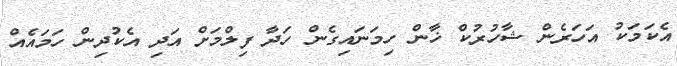
އެކަމަކު އަހަރެން ޝާހުރުކް ޚާން ހިމަނައިގެން ހަދާ ފިލްމަށް އަދި އެކުދިން ހަމައެއް